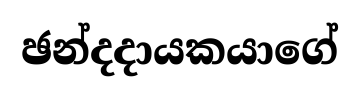
ඡන්දදායකයාගේ